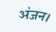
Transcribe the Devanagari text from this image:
अंजन।